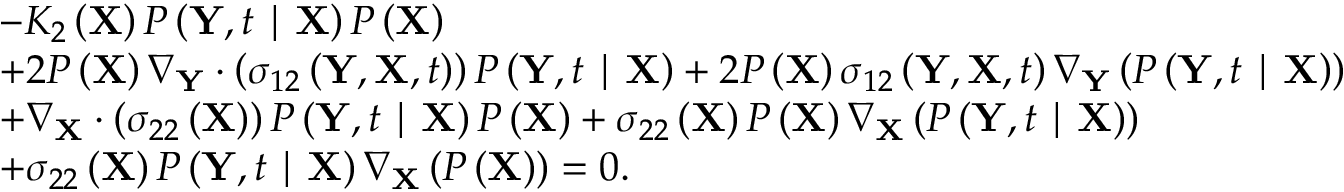
\begin{array} { r l } & { - K _ { 2 } \left( \mathbf { X } \right) P \left( \mathbf { Y } , t \mid \mathbf { X } \right) P \left( \mathbf { X } \right) } \\ & { + 2 P \left( \mathbf { X } \right) \nabla _ { \mathbf { Y } } \cdot \left( \sigma _ { 1 2 } \left( \mathbf { Y } , \mathbf { X } , t \right) \right) P \left( \mathbf { Y } , t \mid \mathbf { X } \right) + 2 P \left( \mathbf { X } \right) \sigma _ { 1 2 } \left( \mathbf { Y } , \mathbf { X } , t \right) \nabla _ { \mathbf { Y } } \left( P \left( \mathbf { Y } , t \mid \mathbf { X } \right) \right) } \\ & { + \nabla _ { \mathbf { X } } \cdot \left( \sigma _ { 2 2 } \left( \mathbf { X } \right) \right) P \left( \mathbf { Y } , t \mid \mathbf { X } \right) P \left( \mathbf { X } \right) + \sigma _ { 2 2 } \left( \mathbf { X } \right) P \left( \mathbf { X } \right) \nabla _ { \mathbf { X } } \left( P \left( \mathbf { Y } , t \mid \mathbf { X } \right) \right) } \\ & { + \sigma _ { 2 2 } \left( \mathbf { X } \right) P \left( \mathbf { Y } , t \mid \mathbf { X } \right) \nabla _ { \mathbf { X } } \left( P \left( \mathbf { X } \right) \right) = 0 . } \end{array}